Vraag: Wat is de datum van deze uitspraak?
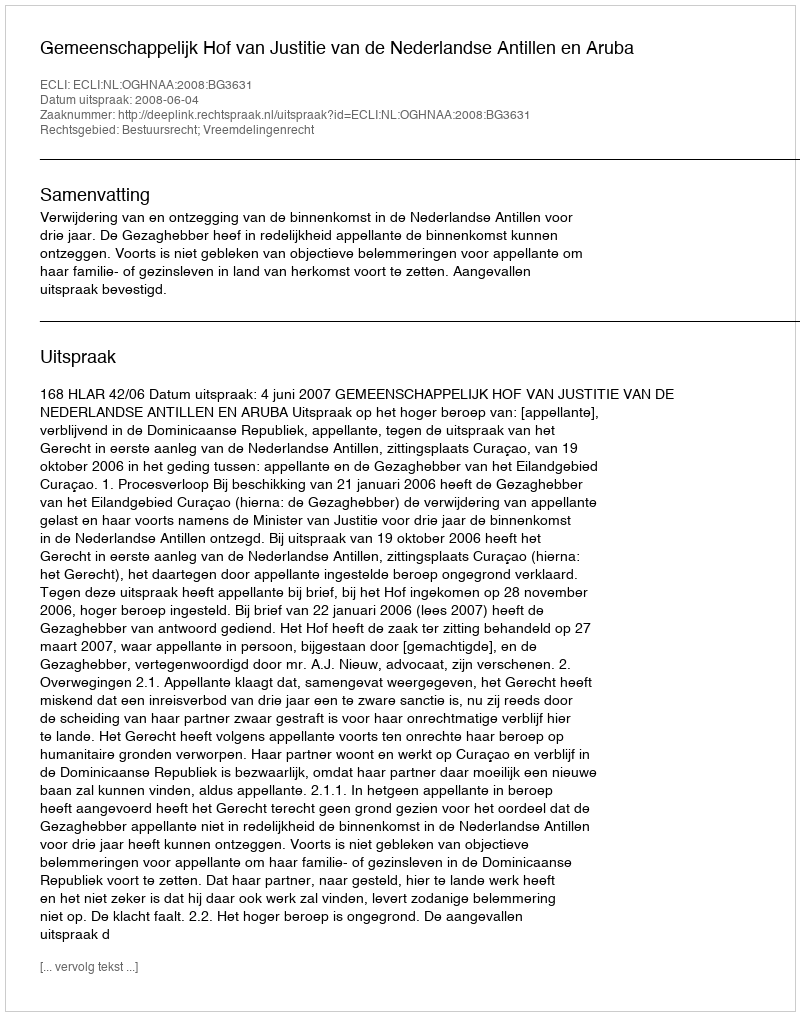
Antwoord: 2008-06-04